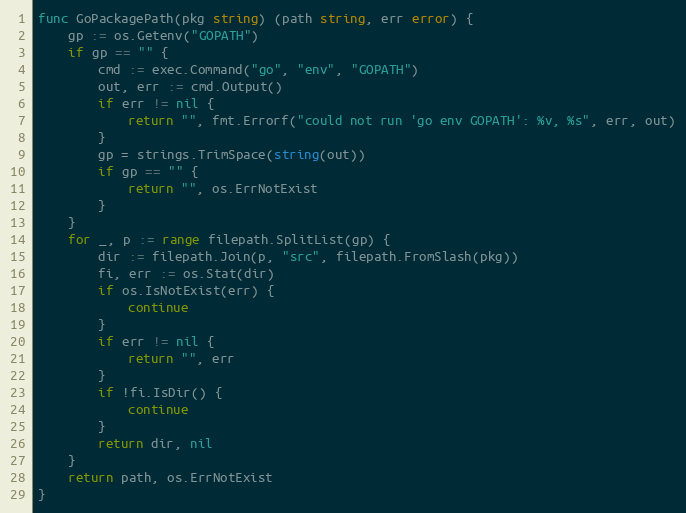
Language: Go
func GoPackagePath(pkg string) (path string, err error) {
	gp := os.Getenv("GOPATH")
	if gp == "" {
		cmd := exec.Command("go", "env", "GOPATH")
		out, err := cmd.Output()
		if err != nil {
			return "", fmt.Errorf("could not run 'go env GOPATH': %v, %s", err, out)
		}
		gp = strings.TrimSpace(string(out))
		if gp == "" {
			return "", os.ErrNotExist
		}
	}
	for _, p := range filepath.SplitList(gp) {
		dir := filepath.Join(p, "src", filepath.FromSlash(pkg))
		fi, err := os.Stat(dir)
		if os.IsNotExist(err) {
			continue
		}
		if err != nil {
			return "", err
		}
		if !fi.IsDir() {
			continue
		}
		return dir, nil
	}
	return path, os.ErrNotExist
}